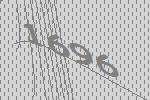
1696